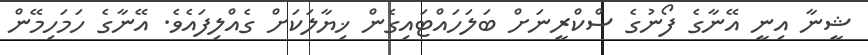
ޝީނާ އިނީ އޭނާގެ ފޯނުގެ ސްކްރީނަށް ބަލަހައްޓައިގެން ޚިޔާލަކަށް ގެއްލިފައެވެ. އޭނާގެ ހަމަހިމޭން